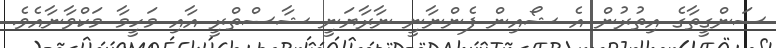
ސަންގީތާގެ އިތުރުން އެ ޝޯއިން ފެންނާނީ ނާރާޔަނީ ޝާސްތްރީ އާއި މަހީމާ މަކްވާނާއެވެ.